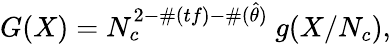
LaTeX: G(X)=N_{c}^{2-\# (tf)-\# (\hat{\theta})}\ g(X/N_{c}),